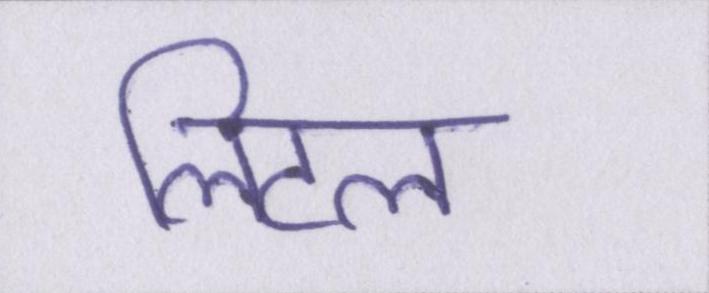
लिटल